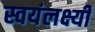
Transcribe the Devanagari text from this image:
स्वयंलक्ष्यी